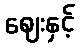
ဈေးနှင့်